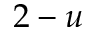
2 - u